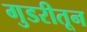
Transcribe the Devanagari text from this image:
गुडरीतून